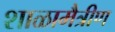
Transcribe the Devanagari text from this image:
शाळामैत्रीण